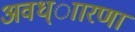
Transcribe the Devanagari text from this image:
अवध्ाारणा